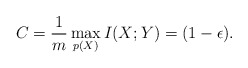
\begin{align*}C= \frac{1}{m}\max_{p({X})}I({X};{Y}) = (1-\epsilon). \end{align*}